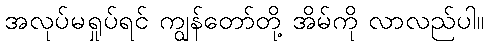
အလုပ်မရှုပ်ရင် ကျွန်တော်တို့ အိမ်ကို လာလည်ပါ။